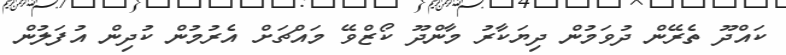
ކައްދޫ ތެރޭން ދުވަމުން ދިޔަކާރު މާންދޫ ކޯޒްވޭ މައްޗަށް އެރުމުން ކުދިން އުފަލުން